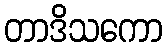
တာဒိသကော